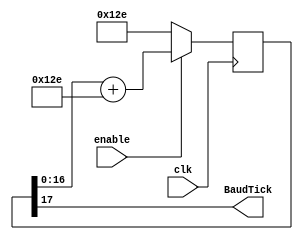
module BaudTickGen(
	input clk, enable,
	output BaudTick  // generate a tick at the specified baud rate * oversampling
);
parameter ClkFrequency = 50000000;
parameter Baud = 115200;

function integer log2(input integer v); 
begin 
  for (log2=0;v>0;log2=log2+1) 
    v = v>>1;
end endfunction

//error over a byte
localparam BaudGeneratorAccWidth = log2(ClkFrequency/Baud)+8;  
reg [BaudGeneratorAccWidth:0] BaudGeneratorAcc = 0;

localparam BaudGeneratorInc = ((Baud << (BaudGeneratorAccWidth-4))+(ClkFrequency>>5))/(ClkFrequency>>4);

always @(posedge clk) begin 
  if(enable) 
    BaudGeneratorAcc <= BaudGeneratorAcc[BaudGeneratorAccWidth-1:0] + BaudGeneratorInc[BaudGeneratorAccWidth:0]; 
  else 
    BaudGeneratorAcc <= BaudGeneratorInc[BaudGeneratorAccWidth:0];
end

assign BaudTick = BaudGeneratorAcc[BaudGeneratorAccWidth];
endmodule